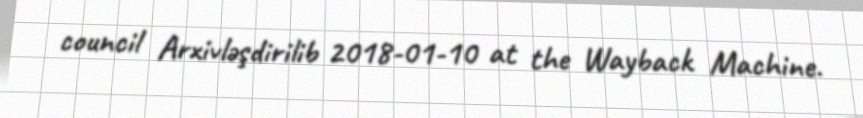
council Arxivləşdirilib 2018-01-10 at the Wayback Machine.